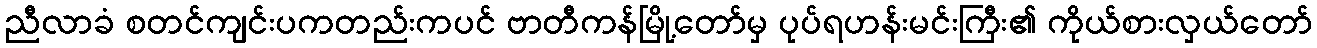
ညီလာခံ စတင်ကျင်းပကတည်းကပင် ဗာတီကန်မြို့တော်မှ ပုပ်ရဟန်းမင်းကြီး၏ ကိုယ်စားလှယ်တော်